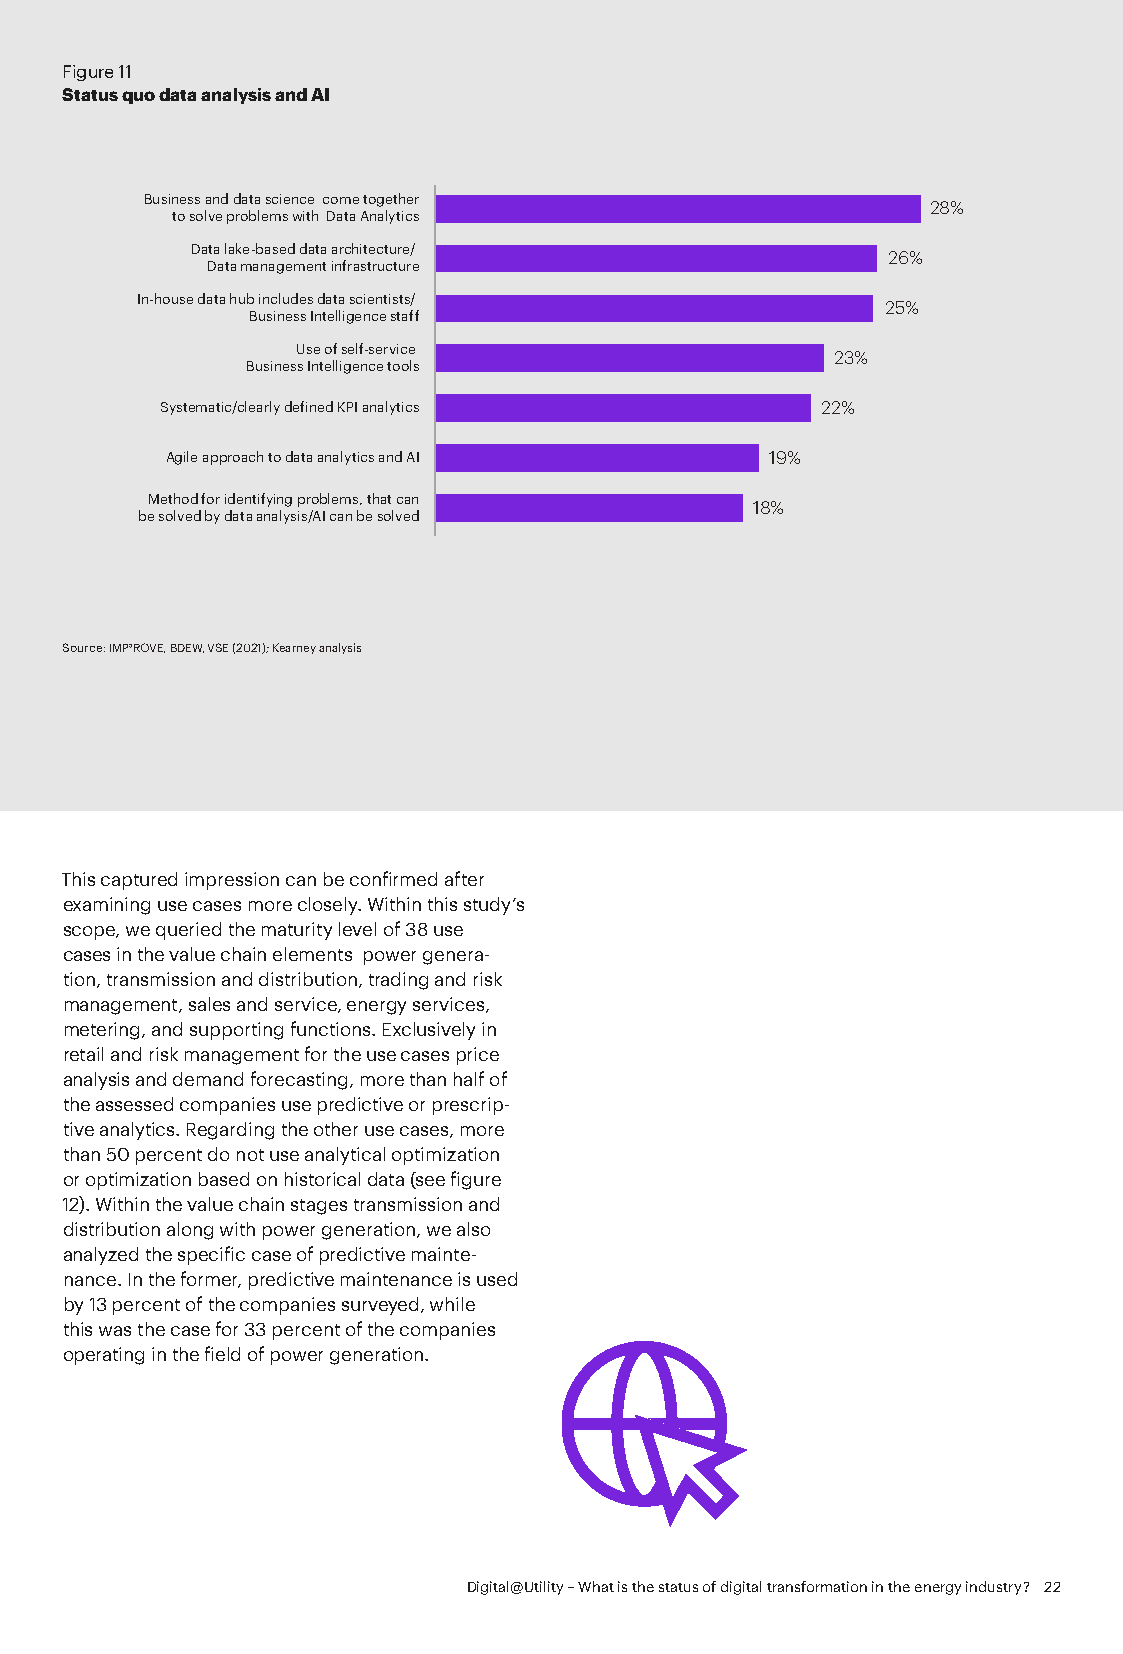
Figure 11
 Status quo data analysis and AI
 Business and data science come together
 28%
 to solve problems with Data Analytics
 Data lake-based data architecture/
 26%
 Data management infrastructure
 In-house data hub includes data scientists/
 25%
 Business Intelligence staff
 Use of self-service
 23%
 Business Intelligence tools
 Systematic/clearly defined KPI analytics   22%
 Agile approach to data analytics and AI 19%
 Method for identifying problems, that can
 18%
 be solved by data analysis/AI can be solved
 Source: IMP³ROVE, BDEW, VSE (2021); Kearney analysis
 This captured impression can be confirmed after
 examining use cases more closely. Within this study’s
 scope, we queried the maturity level of 38 use
 cases in the value chain elements power genera-
 tion, transmission and distribution, trading and risk
 management, sales and service, energy services,
 metering, and supporting functions. Exclusively in
 retail and risk management for the use cases price
 analysis and demand forecasting, more than half of
 the assessed companies use predictive or prescrip-
 tive analytics. Regarding the other use cases, more
 than 50 percent do not use analytical optimization
 or optimization based on historical data (see figure
 12). Within the value chain stages transmission and
 distribution along with power generation, we also
 analyzed the specific case of predictive mainte-
 nance. In the former, predictive maintenance is used
 by 13 percent of the companies surveyed, while
 this was the case for 33 percent of the companies
 operating in the field of power generation.
 Digital@Utility – What is the status of digital transformation in the energy industry? 22